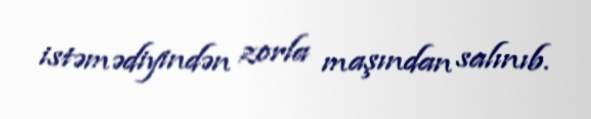
istəmədiyindən zorla maşından salınıb.